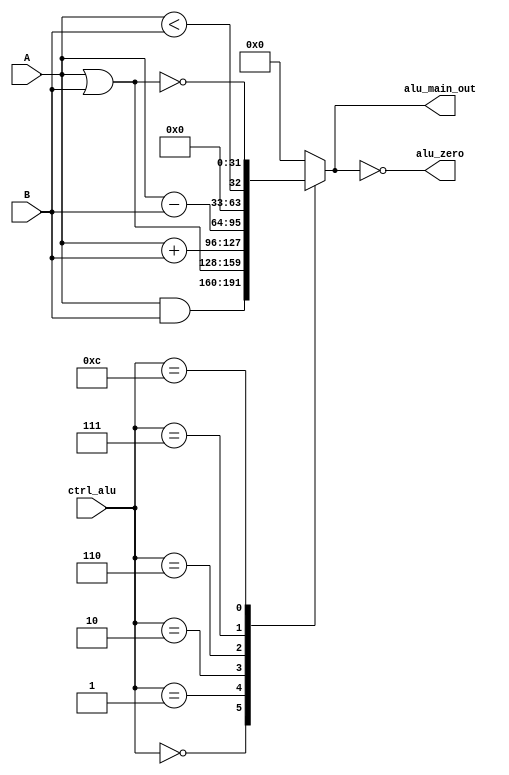
// Gabriel Coimbra - 3044
// Maria Dalila - 3030

//Unidade Logica Aritmetica
module mALU
(
	// Variveis de dados
	input signed [31:0] A,
	input signed [31:0] B,

	// Controle
	input[3:0] ctrl_alu,

	// Sada de dados
	output reg[31:0] alu_main_out,

	// Zero para fazer desvios condicionais
	output wire alu_zero
);

//SO DA PRA FAZER DE OUTRA FORMA, SE 'alu_zero' FOR 'reg'
	assign alu_zero = (alu_main_out == 0);		//Flag da alu, se o resultado da operacao for nulo, ele  1

//Decide a operacao feita pela ALU, de acordo com 'ctrl_alu_control', que  um numero s
	always @ (A,B, ctrl_alu) begin
		case (ctrl_alu)
			0: alu_main_out = A & B;  //AND
			1: alu_main_out = A | B;  //OR
			2: alu_main_out = A + B;  //ADD
			6: alu_main_out = A - B;  //SUB
			7: alu_main_out = A < B;  //SLT
			12: alu_main_out =~ (A | B); //NOR
			default: alu_main_out <= 0;
		endcase
	end
endmodule